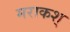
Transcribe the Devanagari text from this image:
मराकश्